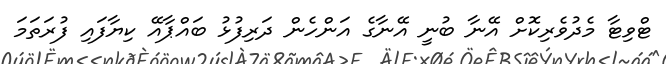
ޓްވިޓާ މެދުވެރިކޮށް އޭނާ ބުނީ އޭނާގެ އަންހެން ދަރިފުޅު ބައްޕާއޭ ކިޔާފައި ފުރަތަމަ